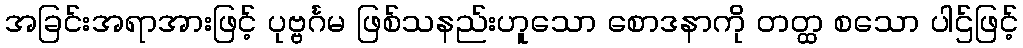
အခြင်းအရာအားဖြင့် ပုဗ္ဗင်္ဂမ ဖြစ်သနည်းဟူသော စောဒနာကို တတ္ထ စသော ပါဌ်ဖြင့်